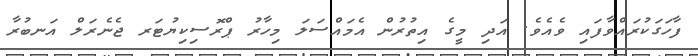
ފާހަގަކުރައްވާފައި ވެއެވެ. އަދި މީގެ އިތުރުން އެމައްސަލަ މިހާރު ޕްރޮސިކިޔުޓަރ ޖެނެރަލް އަނބުރާ